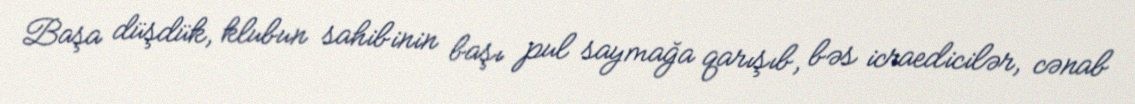
Başa düşdük, klubun sahibinin başı pul saymağa qarışıb, bəs icraedicilər, cənab